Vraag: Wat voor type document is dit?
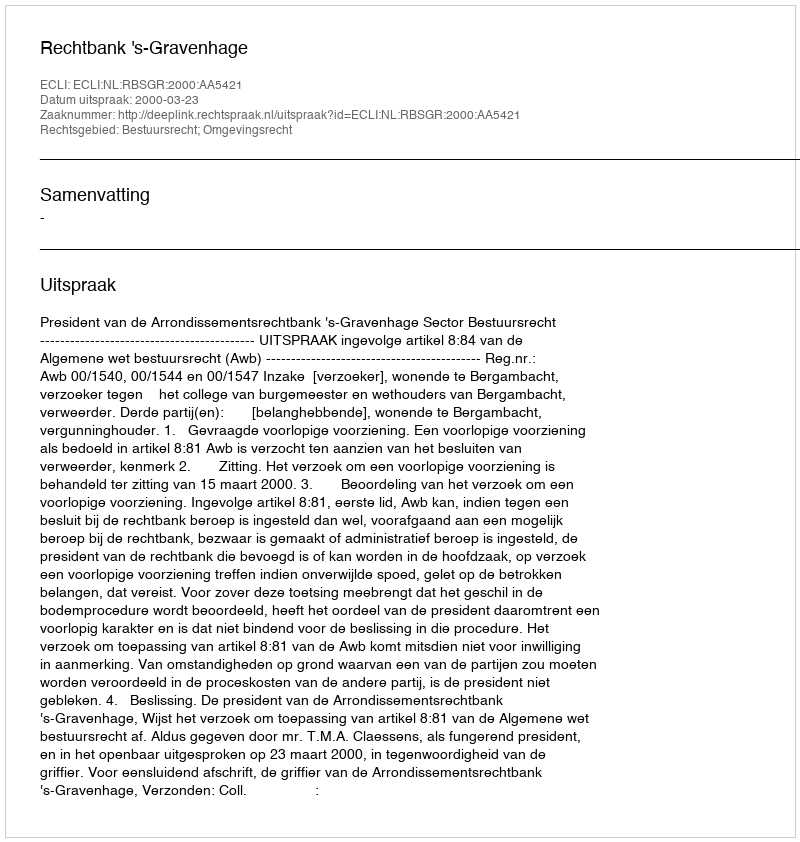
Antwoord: Uitspraak